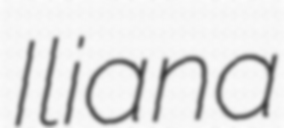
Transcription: Iliana